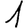
Digit: 1